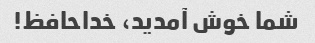
شما خوش آمدید، خداحافظ!